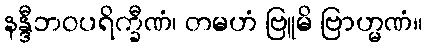
နန္ဒီဘဝပရိက္ခီဏံ၊ တမဟံ ဗြူမိ ဗြာဟ္မဏံ။